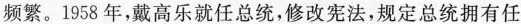
频繁。1958年，戴高乐就任总统，修改宪法，规定总统拥有任